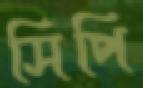
সিপি